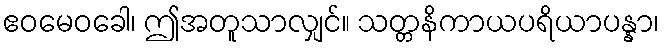
ဧဝမေဝခေါ၊ ဤအတူသာလျှင်။ သတ္တနိကာယပရိယာပန္နာ၊